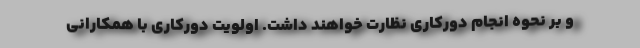
و بر نحوه انجام دورکاری نظارت خواهند داشت. اولویت دورکاری با همکارانی